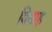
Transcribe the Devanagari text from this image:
विबाह